Jaan_Tonisson_(Lasteleht), lk 128
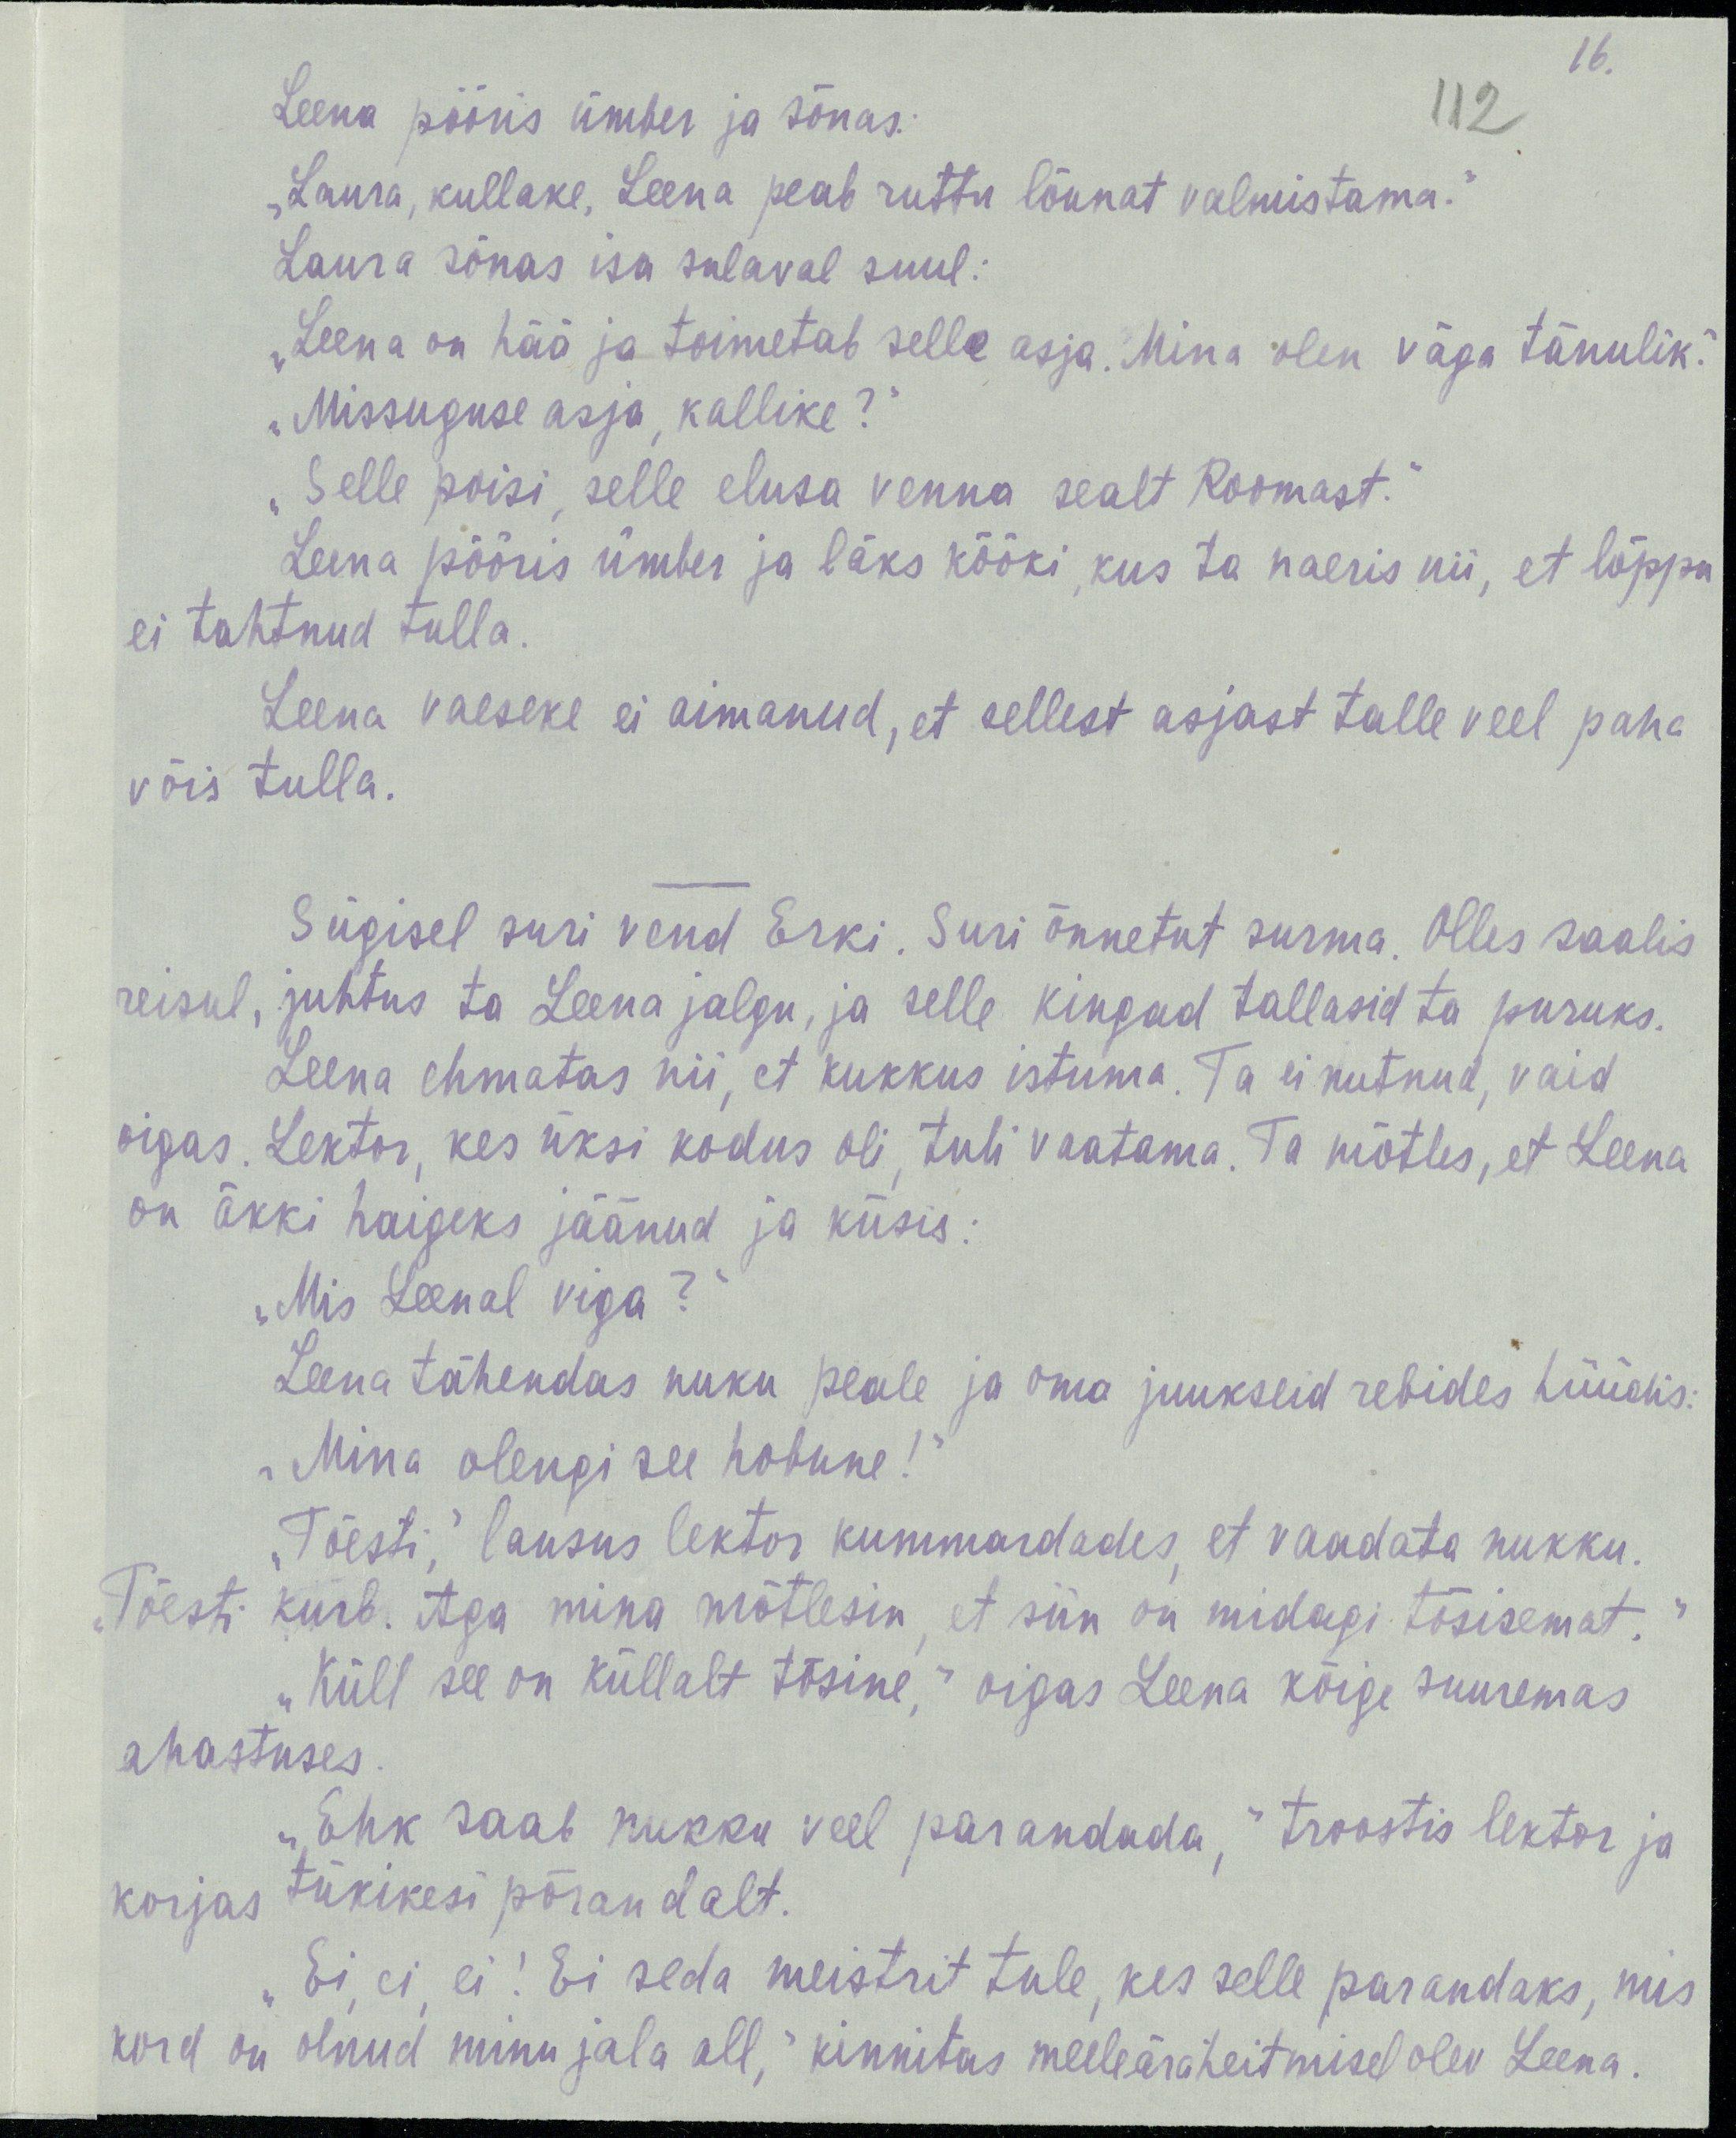
16.
112
Leena pööris ümber ja sõnas:
„Laura, kullake, Leena peab ruttu lõunat valmistama.“
Laura sõnas isa sulaval suul:
„Leena on hää ja toimetab selle asja. Mina olen väga tänulik.“
„Missuguse asja, kallike?“
„Selle poisi, selle elusa venna sealt Roomast.“
Leena pööris ümber ja läks kööki, kus ta naeris nii, et lõppu
ei tahtnud tulla.
Leena vaeseke ei aimanud, et sellest asjast talle veel paha
võis tulla.
Sügisel suri vend Erki. Suri õnnetut surma. Olles saalis
reisul, juhtus ta Leena jalgu, ja selle kingad tallasid ta puruks.
Leena ehmatas nii, et kukkus istuma. Ta ei nutnud, vaid
oigas. Lektor, kes üksi kodus oli, tuli vaatama. Ta mõtles, et Leena
on äkki haigeks jäänud ja küsis:
„Mis Leenal viga?“
Leena tähendas nuku peale ja oma juukseid rebides hüüdis:
„Mina olengi see hobune!“
„Tõesti kurb. Aga mina mõtlesin, et siin on midagi tõsisemat.“
„Tõesti,“ lausus lektor kummardades, et vaadata nukku.
„Küll see on küllalt tõsine,“ oigas Leena kõige suuremas
ahastuses.
„Ehk saab nukku veel parandada,“ troostis lektor ja
korjas tükikesi põrandalt.
„Ei, ei, ei! Ei seda meistrit tule, kes selle parandaks, mis
kord on olnud minu jala all,“ kinnitas meeleäraheitmisel olev Leena.